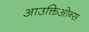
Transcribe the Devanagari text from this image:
आउक्तिओन्स